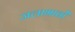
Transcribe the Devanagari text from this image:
जलाभावों